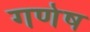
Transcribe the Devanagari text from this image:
गणेष